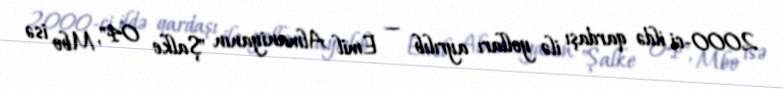
2000-ci ildə qardaşı ilə yolları ayrılıb — Emil Almaniyanın "Şalke 04", Mbo isə